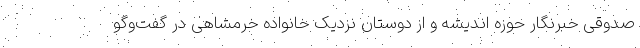
صدوقی خبرنگار حوزه اندیشه و از دوستان نزدیک خانواده خرمشاهی در گفت‌وگو